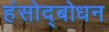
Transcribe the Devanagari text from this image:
हंसोद्बोधन